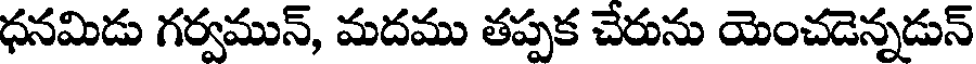
ధనమిడు గర్వమున్, మదము తప్పక చేరును యెంచడెన్నడున్